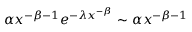
\alpha x ^ { - \beta - 1 } e ^ { - \lambda x ^ { - \beta } } \sim \alpha x ^ { - \beta - 1 }